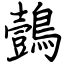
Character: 鷧